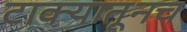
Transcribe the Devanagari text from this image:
टाक्यातूनच